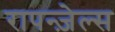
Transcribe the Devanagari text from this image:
रापन्ज़ेल्स